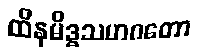
ထိနမိဒ္ဓသဟဂတော